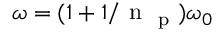
\omega = ( 1 + 1 / \mathrm { ~ n ~ } _ { \mathrm { ~ p ~ } } ) \omega _ { 0 }